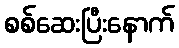
စစ်ဆေးပြီးနောက်